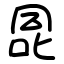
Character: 㖯